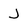
Character: J